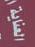
العناية